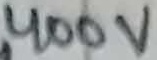
Text: 400V